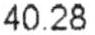
40.28